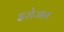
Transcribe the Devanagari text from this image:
इरोजन